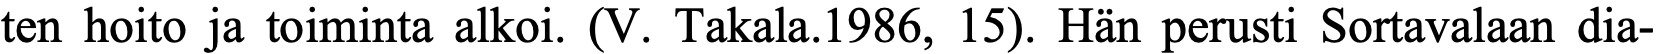
ten hoito ja toiminta alkoi. (V. Takala.1986, 15). Hän perusti Sortavalaan dia-